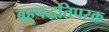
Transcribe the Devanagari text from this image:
बहुपद्धतिपरक